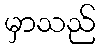
မှာသည်